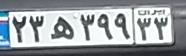
۲۳ه۳۹۹۳۳